Vaccination in Bombay 1863-1868 - 1863-1868
Year: 1863
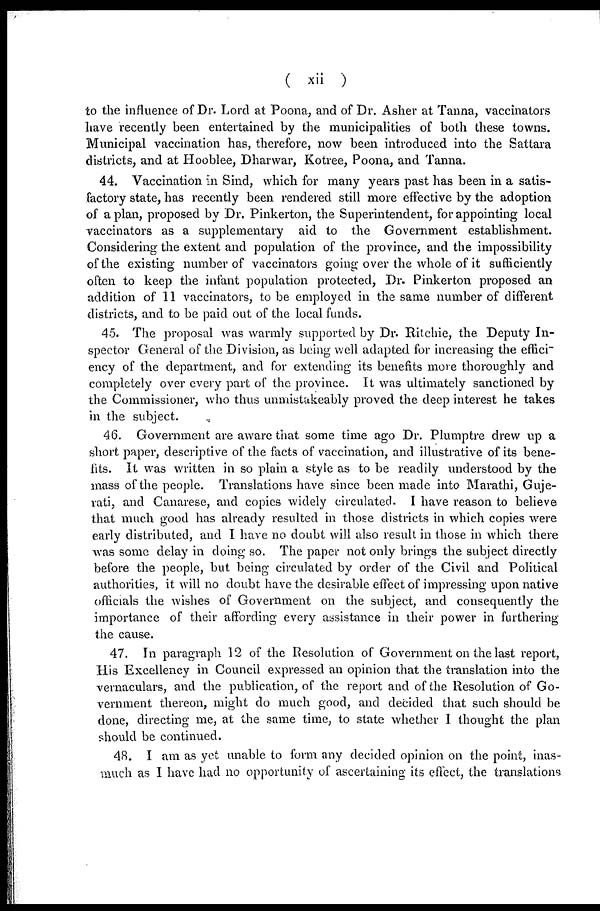
( xii )
to the influence of Dr. Lord at Poona, and of Dr. Asher at Tanna, vaccinators
have recently been entertained by the municipalities of both these towns.
Municipal vaccination has, therefore, now been introduced into the Sattara
districts, and at Hooblee, Dharwar, Kotree, Poona, and Tanna.
44. Vaccination in Sind, which for many years past has been in a satis-
factory state, has recently been rendered still more effective by the adoption
of a plan, proposed by Dr. Pinkerton, the Superintendent, for appointing local
vaccinators as a supplementary aid to the Government establishment.
Considering the extent and population of the province, and the impossibility
of the existing number of vaccinators going over the whole of it sufficiently
often to keep the infant population protected, Dr. Pinkerton proposed an
addition of 11 vaccinators, to be employed in the same number of different
districts, and to be paid out of the local funds.
45. The proposal was warmly supported by Dr. Ritchie, the Deputy In-
spector General of the Division, as being well adapted for increasing the effici-
ency of the department, and for extending its benefits more thoroughly and
completely over every part of the province. It was ultimately sanctioned by
the Commissioner, who thus unmistakeably proved the deep interest he takes
in the subject.
46. Government are aware that some time ago Dr. Plumptre drew up a
short paper, descriptive of the facts of vaccination, and illustrative of its bene-
fits. It was written in so plain a style as to be readily understood by the
mass of the people. Translations have since been made into Marathi, Guje-
rati, and Canarese, and copies widely circulated. I have reason to believe
that much good has already resulted in those districts in which copies were
early distributed, and I have no doubt will also result in those in which there
was some delay in doing so. The paper not only brings the subject directly
before the people, but being circulated by order of the Civil and Political
authorities, it will no doubt have the desirable effect of impressing upon native
officials the wishes of Government on the subject, and consequently the
importance of their affording every assistance in their power in furthering
the cause.
47. In paragraph 12 of the Resolution of Government on the last report,
His Excellency in Council expressed an opinion that the translation into the
vernaculars, and the publication, of the report and of the Resolution of Go-
vernment thereon, might do much good, and decided that such should be
done, directing me, at the same time, to state whether I thought the plan
should be continued.
48. I am as yet unable to form any decided opinion on the point, inas-
much as I have had no opportunity of ascertaining its effect, the translations